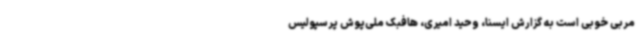
مربی خوبی است به گزارش ایسنا، وحید امیری، هافبک ملی‌پوش پرسپولیس